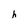
Character: h